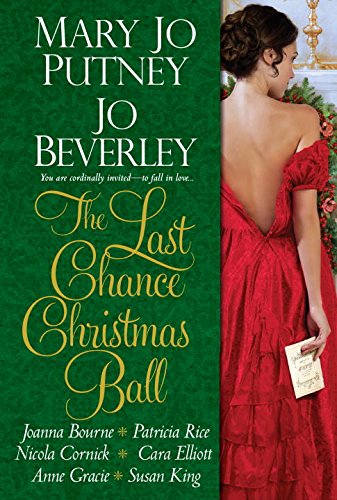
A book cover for The Last Chance Christmas Ball; Mary Jo Putney; Romance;